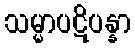
သမ္မာပဋိပန္နာ